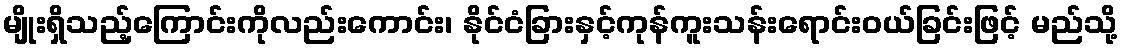
မျိုးရှိသည့်ကြောင်းကိုလည်းကောင်း၊ နိုင်ငံခြားနှင့်ကုန်ကူးသန်းရောင်းဝယ်ခြင်းဖြင့် မည်သို့